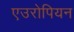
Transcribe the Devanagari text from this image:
एउरोपियन